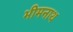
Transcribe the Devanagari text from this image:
भीमनाथ